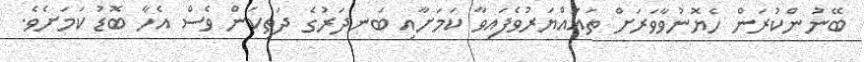
ބޭނުންކުރަން ހެޔޮނުވާވަރަށް ތަޣައްޔަރުވެފައިވާ ކަަމަށާއި ބަނދަރުގެ ދަތިކަން ވެސް އެހާ ބޮޑު ކަމަށެވެ.